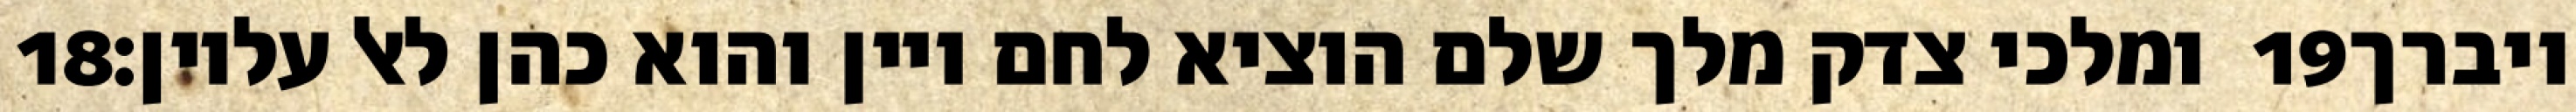
‎18‏ ומלכי צדק מלך שלם הוציא לחם ויין והוא כהן לאל עליון׃ ‎19‏ ויברך